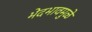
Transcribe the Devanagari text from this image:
भेदभावमुळे